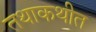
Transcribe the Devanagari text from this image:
तथाकथीत